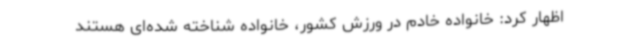
اظهار کرد: خانواده خادم در ورزش کشور، خانواده شناخته شده‌ای هستند